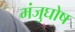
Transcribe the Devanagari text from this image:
मंजुघोष